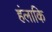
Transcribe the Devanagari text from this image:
हंलाकि